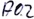
Text: A0.2